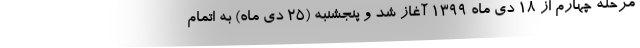
مرحله چهارم از ۱۸ دی ماه ۱۳۹۹ آغاز شد و پنجشنبه (۲۵ دی ماه) به اتمام